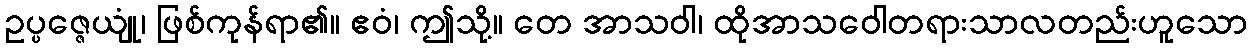
ဥပ္ပဇ္ဇေယျုံ၊ ဖြစ်ကုန်ရာ၏။ ဧဝံ၊ ဤသို့။ တေ အာသဝါ၊ ထိုအာသဝေါတရားသာလတည်းဟူသော